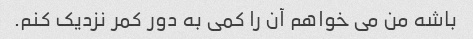
باشه من می خواهم آن را کمی به دور کمر نزدیک کنم.